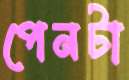
পেনটা